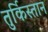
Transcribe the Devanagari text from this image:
तुर्किस्‍तान